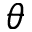
\theta